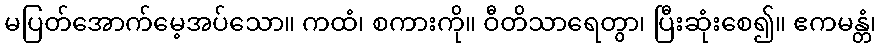
မပြတ်အောက်မေ့အပ်သော။ ကထံ၊ စကားကို။ ဝီတိသာရေတွာ၊ ပြီးဆုံးစေ၍။ ဧကမန္တံ၊